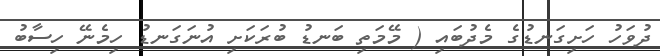
ދުވަހު ހަށިގަނޑުގެ މެދުބައި ( މޭމަތި ބަނޑު ބުރަކަށި އުނަގަނޑު ހިމެނޭ ހިސާބު